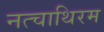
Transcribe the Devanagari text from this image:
नत्चाथिरम